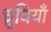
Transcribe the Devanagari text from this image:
ध्रुवियाँ